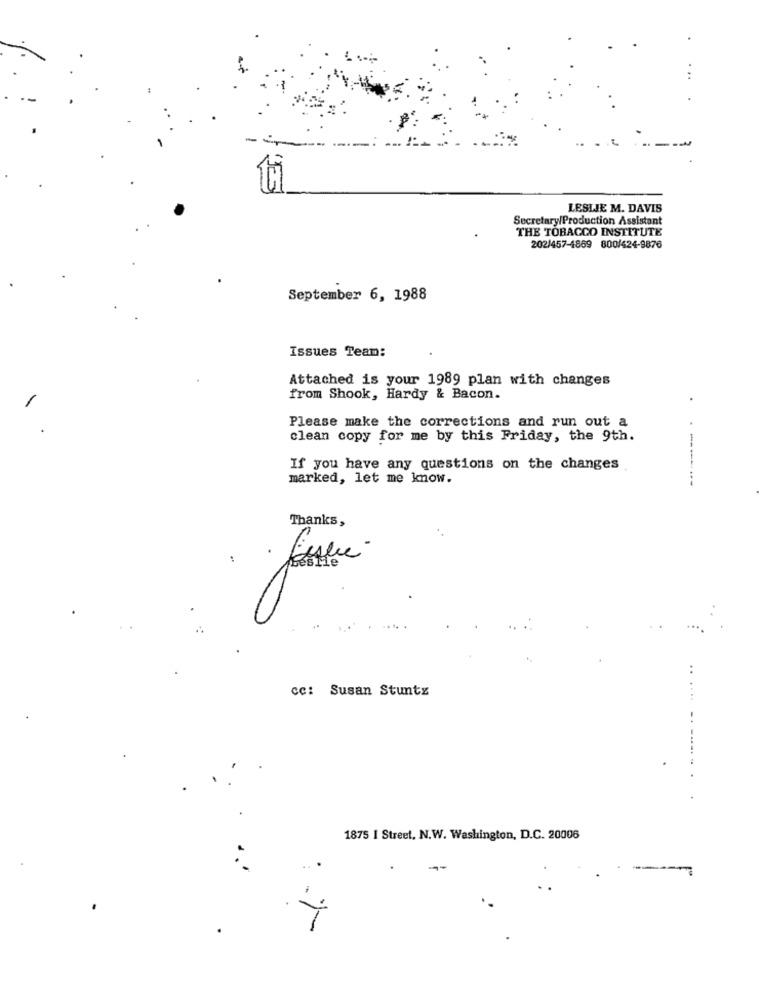
LESLIE M. DAVIS
Secretary/Production Assistant
THE TOBACCO INSTITUTE
202/457-4869 800/424-9876
September 6, 1988
Issues Team:
Attached is your 1989 plan with changes
-
from Shook, Hardy & Bacon.
Please make the corrections and run out a
clean copy for me by this Friday, the 9th.
If you have any questions on the changes
marked, let me know.
Thanks,
..
..
cc: Susan Stuntz
1875 I Street, N.W. Washington, D.C. 20006
...
-